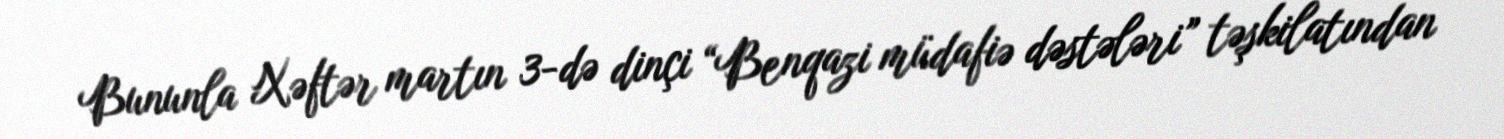
Bununla Xəftər martın 3-də dinçi “Benqazi müdafiə dəstələri” təşkilatından